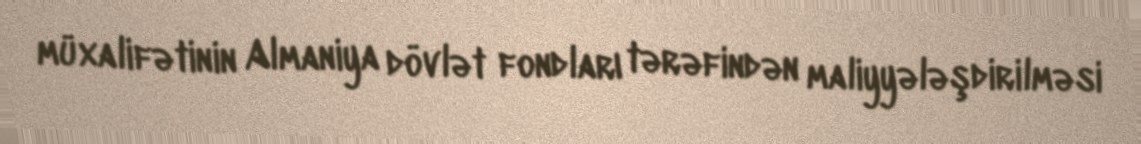
müxalifətinin Almaniya dövlət fondları tərəfindən maliyyələşdirilməsi